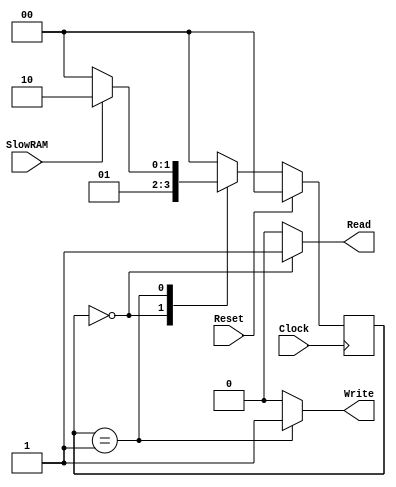
module FSM1_GOOD (Clock, Reset, SlowRAM, Read, Write);
  
  input Clock, Reset, SlowRAM;
  output Read, Write;
  
  reg Read, Write;
  
  parameter [1:0] ST_Read = 0, ST_Write = 1, ST_Delay = 2;
  reg [1:0] CurrentState, NextState;
  
  always @(posedge Clock)
    begin: SEQ
      if(Reset)
        CurrentState = ST_Read;
      else
        CurrentState = NextState;
    end
    
  always @(CurrentState)
    begin: COMB
      case (CurrentState)
        ST_Read:
          begin
            Read = 1;
            Write = 0;
            NextState = ST_Write;
        end
        ST_Write:
        begin
          Read = 0;
          Write = 1;
          if(SlowRAM)
            NextState = ST_Delay;
        else
          NextState = ST_Read;
      end
      ST_Delay:
      begin
          Read = 0;
          Write = 0;
          NextState = ST_Read;
        end
      default
      begin
          Read = 0;
          Write = 0;
          NextState = ST_Read;
        end
    endcase
  end
endmodule